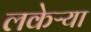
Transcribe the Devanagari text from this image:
लकेऱ्या